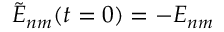
\tilde { E } _ { n m } ( t = 0 ) = - E _ { n m }